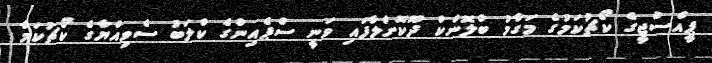
ޕީއެސްޖީގެ ކޯޗުކަމުގެ މަގާމު ބްލޮންކް ދޫކޮށްލާފައި ވަނީ ސްޕެއިންގެ ކްލަބު ސެވިއްޔާގެ ކޯޗުކަމާ